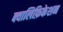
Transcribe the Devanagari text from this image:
क्वालिफ़िकेशन